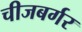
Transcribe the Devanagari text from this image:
चीजबर्गर